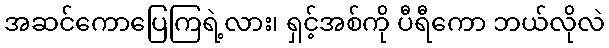
အဆင်ကောပြေကြရဲ့လား၊ ရှင့်အစ်ကို ပီရီကော ဘယ်လိုလဲ